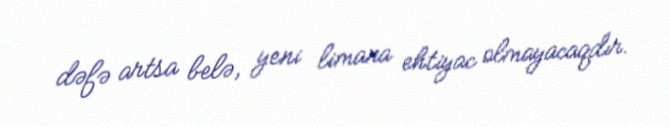
dəfə artsa belə, yeni limana ehtiyac olmayacaqdır.